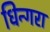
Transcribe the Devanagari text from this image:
धिन्गरा